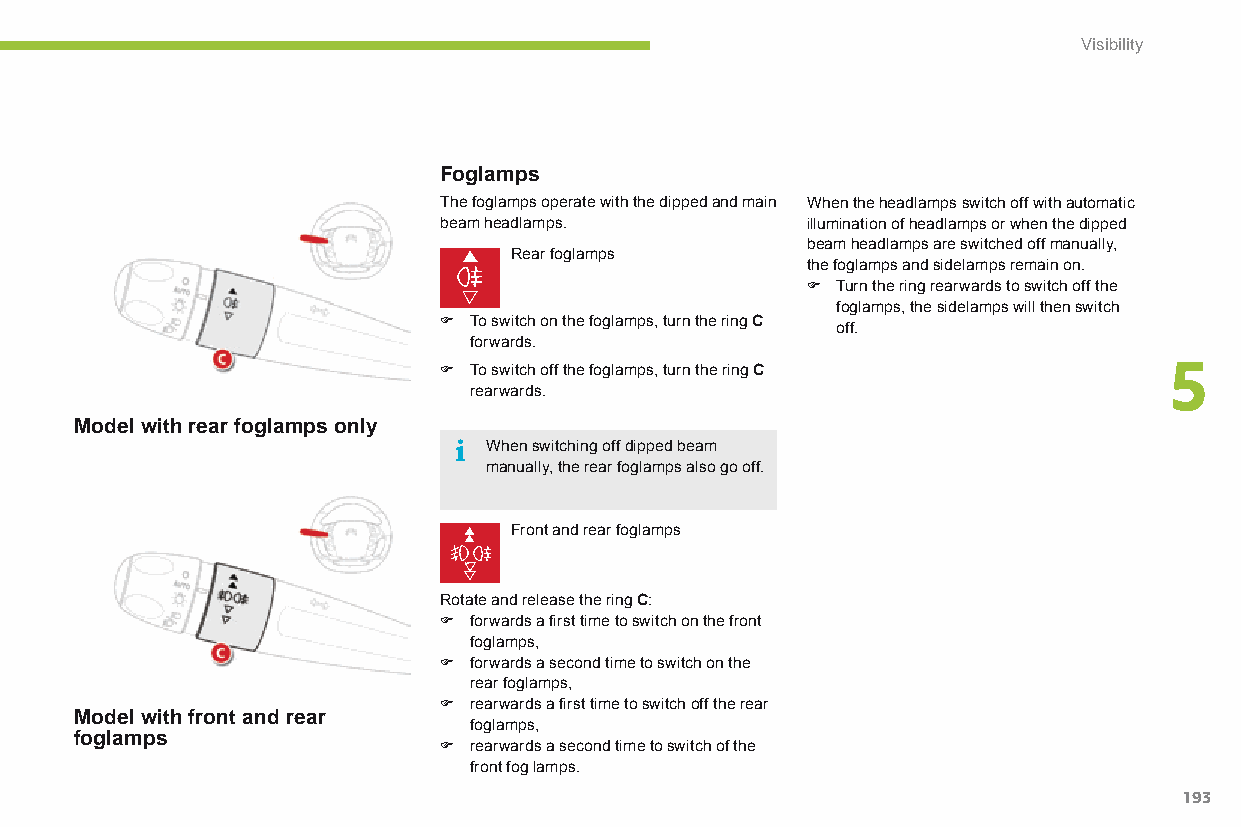
Visibility
 Foglamps
 The foglamps operate with the dipped and main When the headlamps switch off with automatic
 beam headlamps.         illumination of headlamps or when the dipped
 beam headlamps are switched off manually,
 Rear foglamps
 the foglamps and sidelamps remain on.
 F Turn the ring rearwards to switch off the
 foglamps, the sidelamps will then switch
 F To switch on the foglamps, turn the ring C off.
 forwards.
 F To switch off the foglamps, turn the ring C   5
 rearwards.
 Model with rear foglamps only
 When switching off dipped beam
 manually, the rear foglamps also go off.
 Front and rear foglamps
 Rotate and release the ring C:
 F forwards a first time to switch on the front
 foglamps,
 F forwards a second time to switch on the
 rear foglamps,
 F rearwards a first time to switch off the rear
 Model with front and rear
 foglamps,
 foglamps
 F rearwards a second time to switch of the
 front fog lamps.
 193
 C4-Picasso-II_en_Chap05_visibilite_ed01-2015